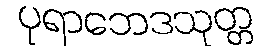
ပုရာဘေဒသုတ္တ